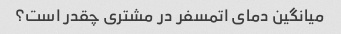
میانگین دمای اتمسفر در مشتری چقدر است؟